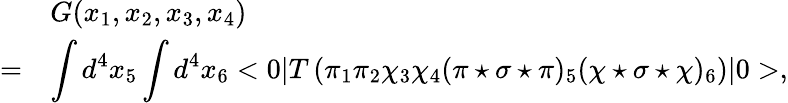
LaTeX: \begin{array}{rl}{{}}&{{G(x_{1},x_{2},x_{3},x_{4})}}\\ {{=}}&{{\displaystyle\int d^{4}x_{5}\int d^{4}x_{6}<0|T\left(\pi_{1}\pi_{2}\chi_{3}\chi_{4}(\pi\star\sigma\star\pi)_{5}(\chi\star\sigma\star\chi)_{6}\right)|0>,}}\end{array}